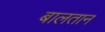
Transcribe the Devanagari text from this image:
बालतान